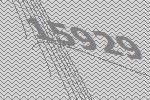
15929